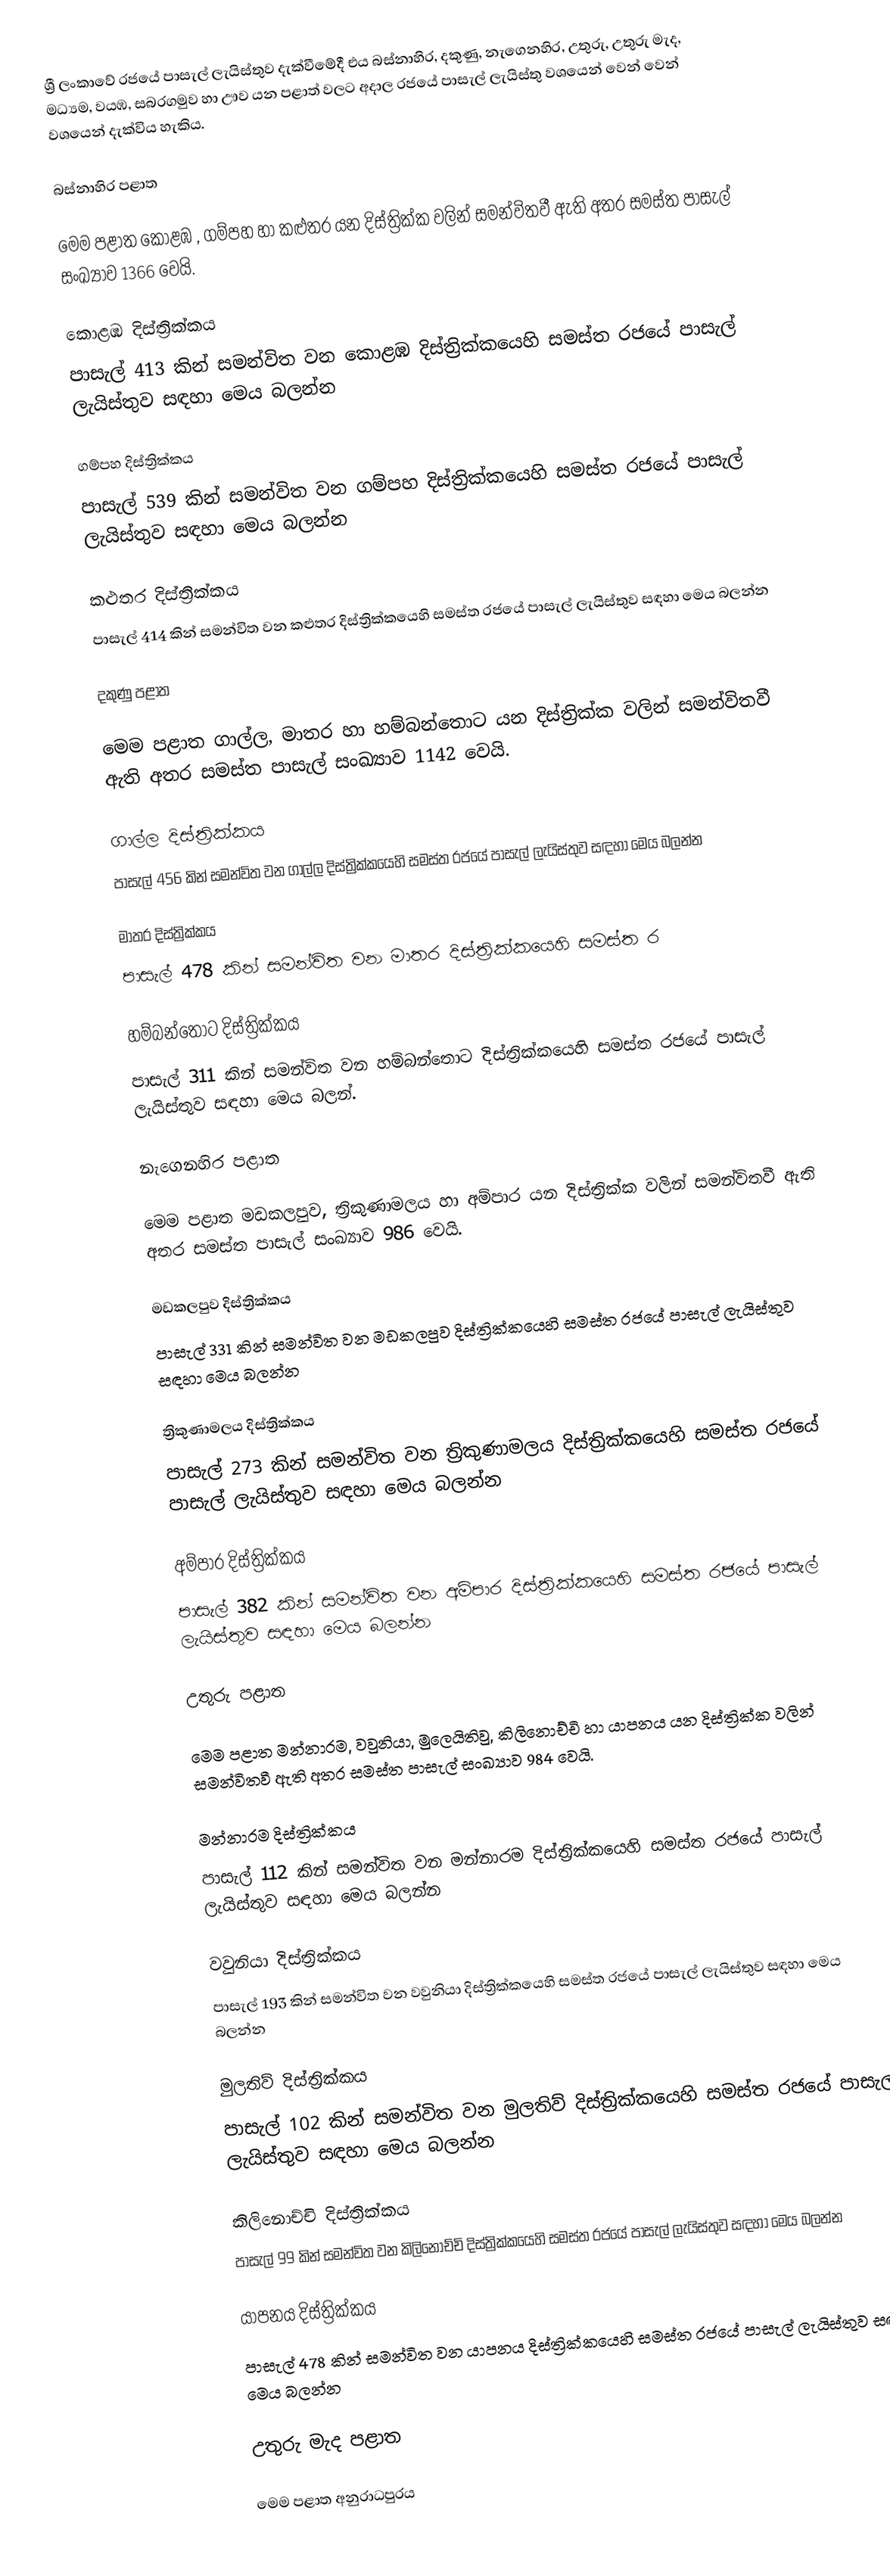
ශ්‍රී ලංකාවේ රජයේ පාසැල් ලැයිස්තුව දැක්වීමේදී  එය   බස්නාහිර,  දකුණු,  නැගෙනහිර,  උතුරු,  උතුරු මැද,  මධ්‍යම, වයඹ,  සබරගමුව හා  ඌව  යන පළාත්  වලට අදාල රජයේ පාසැල් ලැයිස්තු වශයෙන් වෙන් වෙන් වශයෙන් දැක්විය හැකිය.

බස්නාහිර පළාත

මෙම පළාත   කොළඹ , ගම්පහ  හා  කළුතර  යන දිස්ත්‍රික්ක වලින් සමන්විතවී ඇති අතර සමස්ත පාසැල් සංඛ්‍යාව 1366 වෙයි.

කොළඹ දිස්ත්‍රික්කය
පාසැල් 413 කින් සමන්විත වන කොළඹ දිස්ත්‍රික්කයෙහි සමස්ත රජයේ පාසැල් ලැයිස්තුව සඳහා මෙය බලන්න

ගම්පහ දිස්ත්‍රික්කය
පාසැල් 539 කින් සමන්විත වන ගම්පහ දිස්ත්‍රික්කයෙහි සමස්ත රජයේ පාසැල් ලැයිස්තුව සඳහා මෙය බලන්න

කළුතර දිස්ත්‍රික්කය
පාසැල් 414 කින් සමන්විත වන කළුතර දිස්ත්‍රික්කයෙහි සමස්ත රජයේ පාසැල් ලැයිස්තුව සඳහා මෙය බලන්න

දකුණු පළාත

මෙම පළාත   ගාල්ල,  මාතර හා  හම්බන්තොට යන දිස්ත්‍රික්ක වලින් සමන්විතවී ඇති අතර සමස්ත පාසැල් සංඛ්‍යාව 1142 වෙයි.

ගාල්ල දිස්ත්‍රික්කය
පාසැල් 456 කින් සමන්විත වන ගාල්ල දිස්ත්‍රික්කයෙහි සමස්ත රජයේ පාසැල් ලැයිස්තුව සඳහා මෙය බලන්න

මාතර දිස්ත්‍රික්කය
පාසැල් 478 කින් සමන්විත වන මාතර දිස්ත්‍රික්කයෙහි සමස්ත ර

හම්බන්තොට දිස්ත්‍රික්කය
පාසැල් 311 කින් සමන්විත වන හම්බන්තොට දිස්ත්‍රික්කයෙහි සමස්ත රජයේ පාසැල් ලැයිස්තුව සඳහා මෙය බලන්.

නැගෙනහිර පළාත

මෙම පළාත   මඩකලපුව,  ත්‍රිකුණාමලය හා  අම්පාර යන දිස්ත්‍රික්ක වලින් සමන්විතවී ඇති අතර සමස්ත පාසැල් සංඛ්‍යාව 986 වෙයි.

මඩකලපුව දිස්ත්‍රික්කය
පාසැල් 331 කින් සමන්විත වන මඩකලපුව දිස්ත්‍රික්කයෙහි සමස්ත රජයේ පාසැල් ලැයිස්තුව සඳහා මෙය බලන්න

ත්‍රිකුණාමලය දිස්ත්‍රික්කය
පාසැල් 273 කින් සමන්විත වන ත්‍රිකුණාමලය දිස්ත්‍රික්කයෙහි සමස්ත රජයේ පාසැල් ලැයිස්තුව සඳහා මෙය බලන්න

අම්පාර දිස්ත්‍රික්කය
පාසැල් 382 කින් සමන්විත වන අම්පාර දිස්ත්‍රික්කයෙහි සමස්ත රජයේ පාසැල් ලැයිස්තුව සඳහා මෙය බලන්න

උතුරු පළාත

මෙම පළාත   මන්නාරම,  වවුනියා,   මුලෙයිතිවු,   කිලිනොච්චි හා  යාපනය යන දිස්ත්‍රික්ක වලින් සමන්විතවී ඇති අතර සමස්ත පාසැල් සංඛ්‍යාව 984 වෙයි.

මන්නාරම දිස්ත්‍රික්කය
පාසැල් 112 කින් සමන්විත වන මන්නාරම දිස්ත්‍රික්කයෙහි සමස්ත රජයේ පාසැල් ලැයිස්තුව සඳහා මෙය බලන්න

වවුනියා දිස්ත්‍රික්කය
පාසැල් 193 කින් සමන්විත වන වවුනියා දිස්ත්‍රික්කයෙහි සමස්ත රජයේ පාසැල් ලැයිස්තුව සඳහා මෙය බලන්න

මුලතිව් දිස්ත්‍රික්කය
පාසැල් 102 කින් සමන්විත වන මුලතිව් දිස්ත්‍රික්කයෙහි සමස්ත රජයේ පාසැල් ලැයිස්තුව සඳහා මෙය බලන්න

කිලිනොච්චි දිස්ත්‍රික්කය
පාසැල් 99 කින් සමන්විත වන කිලිනොච්චි දිස්ත්‍රික්කයෙහි සමස්ත රජයේ පාසැල් ලැයිස්තුව සඳහා මෙය බලන්න

යාපනය දිස්ත්‍රික්කය
පාසැල් 478 කින් සමන්විත වන යාපනය දිස්ත්‍රික්කයෙහි සමස්ත රජයේ පාසැල් ලැයිස්තුව සඳහා මෙය බලන්න

උතුරු මැද පළාත

මෙම පළාත    අනුරාධපුරය